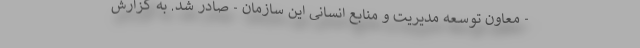
- معاون توسعه مدیریت و منابع انسانی این سازمان - صادر شد. به گزارش